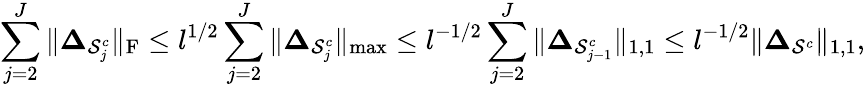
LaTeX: \sum_{j=2}^{J}\| \boldsymbol{\Delta}_{\mathcal{S}_{j}^{c}}\| _{\mathrm{F}}\leq l^{1/2}\sum_{j=2}^{J}\| \boldsymbol{\Delta}_{\mathcal{S}_{j}^{c}}\| _{\operatorname*{max}}\leq l^{-1/2}\sum_{j=2}^{J}\| \boldsymbol{\Delta}_{\mathcal{S}_{j-1}^{c}}\| _{1,1}\leq l^{-1/2}\| \boldsymbol{\Delta}_{\mathcal{S}^{c}}\| _{1,1},